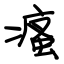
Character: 瘙